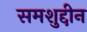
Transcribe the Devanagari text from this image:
समशुद्दीन